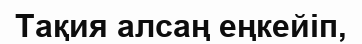
Тақия алсаң еңкейіп,